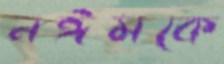
নঈমকে